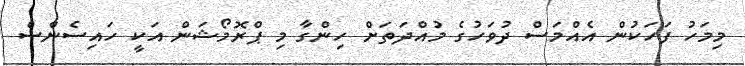
މިމަހު ފަހަކުން އެއްމަސް ދުވަހުގެ މުއްދަތަށް ހިންގާ މި ޕްރޮމޯޝަން އަކީ ހައިސެންސް